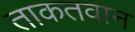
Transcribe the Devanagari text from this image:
ताकतवान